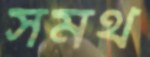
সমর্থ